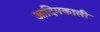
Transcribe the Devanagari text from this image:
आदिमकाली